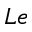
L e